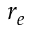
r _ { e }